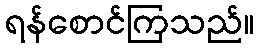
ရန်စောင်ကြသည်။